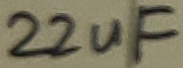
Text: 22uF